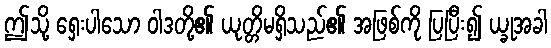
ဤသို့ ရှေးပါသော ဝါဒတို့၏ ယုတ္တိမရှိသည်၏ အဖြစ်ကို ပြပြီး၍ ယ္ခုအခါ